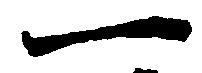
一